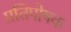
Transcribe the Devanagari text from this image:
प्रतिपोषक